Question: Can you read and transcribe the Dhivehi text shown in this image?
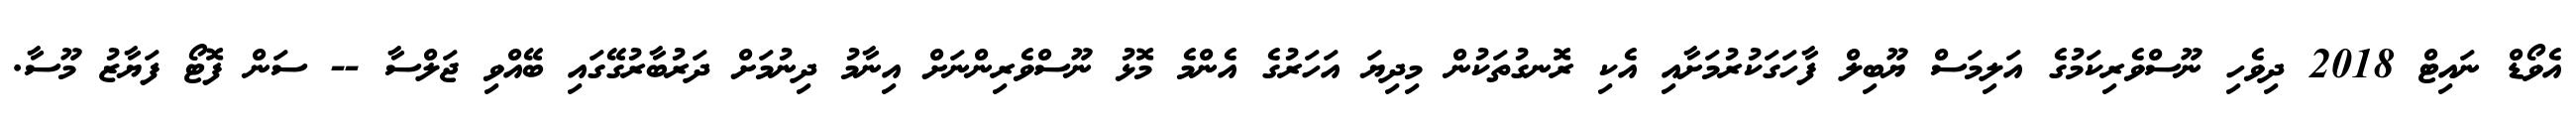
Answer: އެވޯޑް ނައިޓް 2018 ދިވެހި ނޫސްވެރިކަމުގެ އަލިމަސް ޔޫބިލް ފާހަގަކުރުމަށާއި އެކި ރޮނގުތަކުން މިދިޔަ އަހަރުގެ އެންމެ މޮޅު ނޫސްވެރިންނަށް އިނާމު ދިނުމަށް ދަރުބާރުގޭގައި ބޭއްވި ޖަލްސާ -- ސަން ފޮޓޯ ފަޔާޒު މޫސާ.